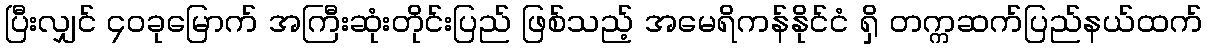
ပြီးလျှင် ၄၀ခုမြောက် အကြီးဆုံးတိုင်းပြည် ဖြစ်သည့် အမေရိကန်နိုင်ငံ ရှိ တက္ကဆက်ပြည်နယ်ထက်